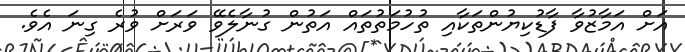
އަށް އަމާޒުވާ ފާޑުކިޔުންތަކާއި ތުހުމަތުތައް އަތުން ގުނާލެވޭ ވަރަށް ވުރެ ގިނަ އެވެ.